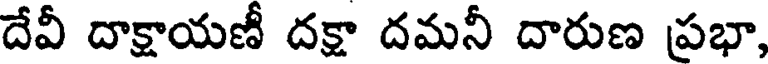
దేవీ దాక్షాయణీ దక్షా దమనీ దారుణ ప్రభా,